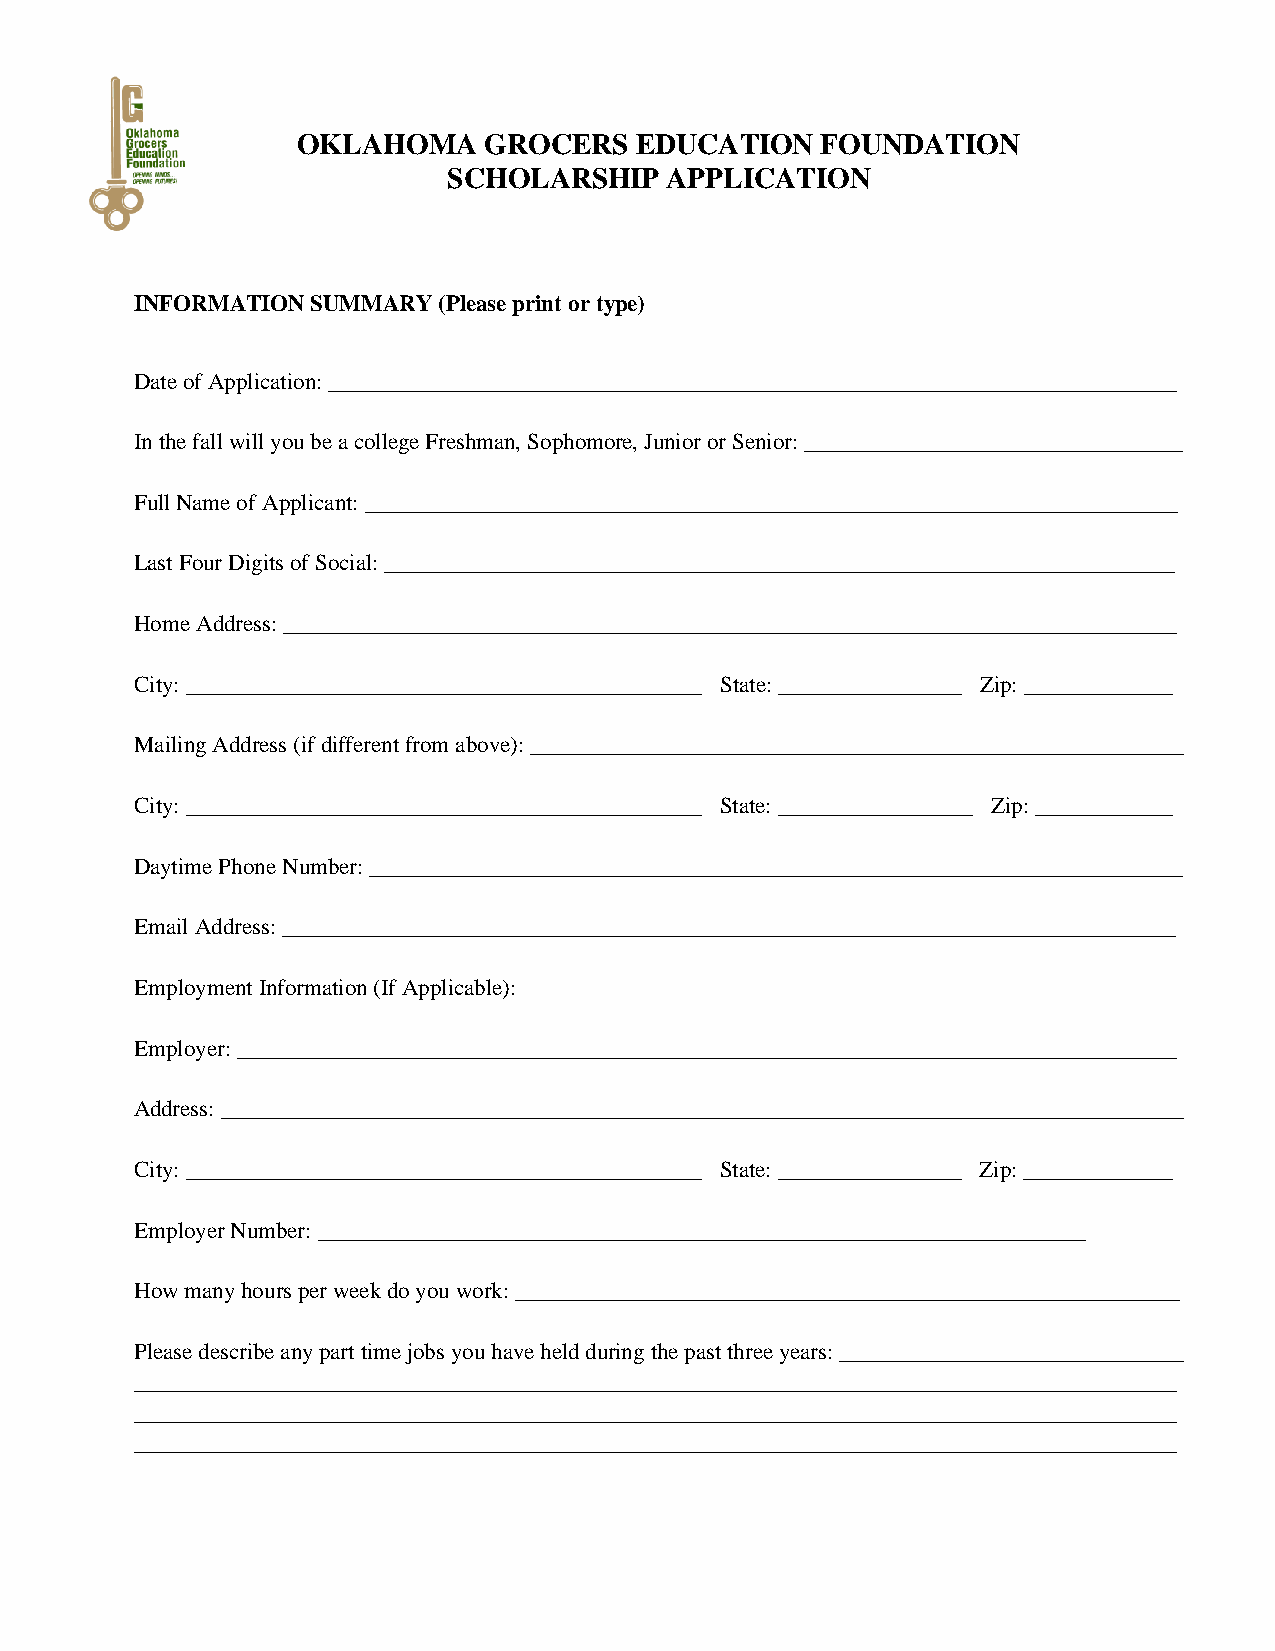
OKLAHOMA    GROCERS   EDUCATION   FOUNDATION
 SCHOLARSHIP   APPLICATION
 INFORMATION SUMMARY (Please print or type)
 Date of Application: __________________________________________________________________________
 In the fall will you be a college Freshman, Sophomore, Junior or Senior: _________________________________
 Full Name of Applicant: _______________________________________________________________________
 Last Four Digits of Social: _____________________________________________________________________
 Home Address: ______________________________________________________________________________
 City: _____________________________________________ State: ________________ Zip: _____________
 Mailing Address (if different from above): _________________________________________________________
 City: _____________________________________________ State: _________________ Zip: ____________
 Daytime Phone Number: _______________________________________________________________________
 Email Address: ______________________________________________________________________________
 Employment Information (If Applicable):
 Employer: __________________________________________________________________________________
 Address: ____________________________________________________________________________________
 City: _____________________________________________ State: ________________ Zip: _____________
 Employer Number: ___________________________________________________________________
 How many hours per week do you work: __________________________________________________________
 Please describe any part time jobs you have held during the past three years: ______________________________
 ___________________________________________________________________________________________
 ___________________________________________________________________________________________
 ___________________________________________________________________________________________